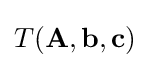
T(\mathbf {A} ,\mathbf {b} ,\mathbf {c} )